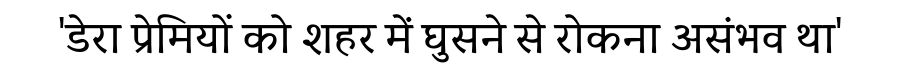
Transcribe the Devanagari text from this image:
'डेरा प्रेमियों को शहर में घुसने से रोकना असंभव था'